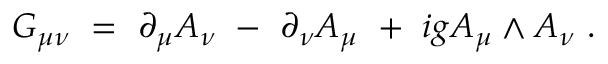
G _ { \mu \nu } ~ = ~ \partial _ { \mu } A _ { \nu } ~ - ~ \partial _ { \nu } A _ { \mu } ~ + ~ i g A _ { \mu } \wedge A _ { \nu } ~ .